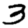
Digit: 3